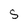
Character: S